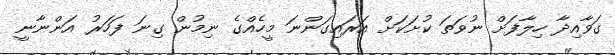
ގަވާއިދާ ހިލާފަށް ނުވަތަ ކުށަކަށް އަރައިގަންނަ މީހެއްގެ ނިމުން ގިނަ ފަހަރު އަންނާނީ